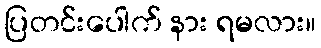
ပြတင်းပေါက် နား ရမလား။